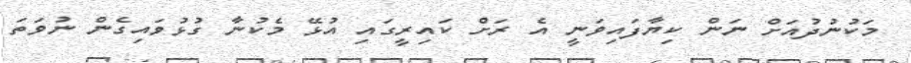
މަކުނުދުއަށް ނަން ކިޔާފައިވަނީ އެ ރަށް ކައިރީގައި އުޅޭ މެކުނާ ގުޅުވައިގެން ނުވަތަ